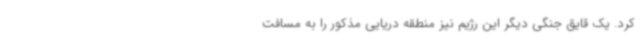
کرد. یک قایق جنگی دیگر این رژیم نیز منطقه دریایی مذکور را به مسافت